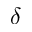
\delta